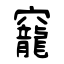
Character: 竉